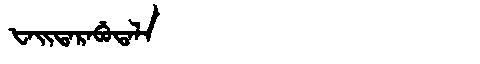
Manchu: ᡶᠠᡳᡨᠠᡵᠠᠪᡠᡨᠠᠯᠠ
Romanization: FAITARABUTALA